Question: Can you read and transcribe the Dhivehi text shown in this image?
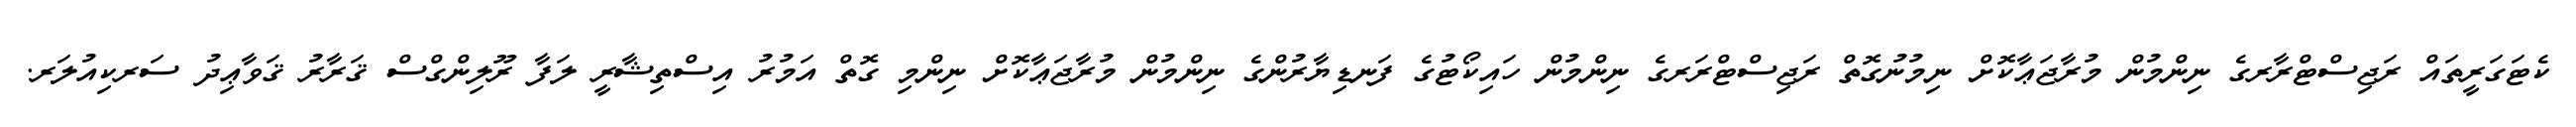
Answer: ކެޓަގަރީތައް ރަޖިސްޓްރާރގެ ނިންމުން މުރާޖަޢާކޮށް ނިމުނުގޮތް ރަޖިސްޓްރަރގެ ނިންމުން ހައިކޯޓުގެ ފަނޑިޔާރުންގެ ނިންމުން މުރާޖަޢާކޮށް ނިންމި ގޮތް އަމުރު އިސްތިޝާރީ ލަފާ ރޫލިންގްސް ޤަރާރު ޤަވާޢިދު ސަރކިއުލަރ.